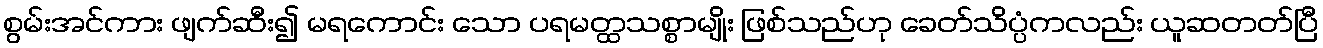
စွမ်းအင်ကား ဖျက်ဆီး၍ မရကောင်း သော ပရမတ္ထသစ္စာမျိုး ဖြစ်သည်ဟု ခေတ်သိပ္ပံကလည်း ယူဆတတ်ပြီ